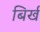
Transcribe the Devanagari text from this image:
बिर्ख